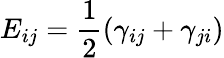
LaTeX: E_{ij}=\frac{1}{2}(\gamma_{ij}+\gamma_{ji})